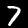
Digit: 7